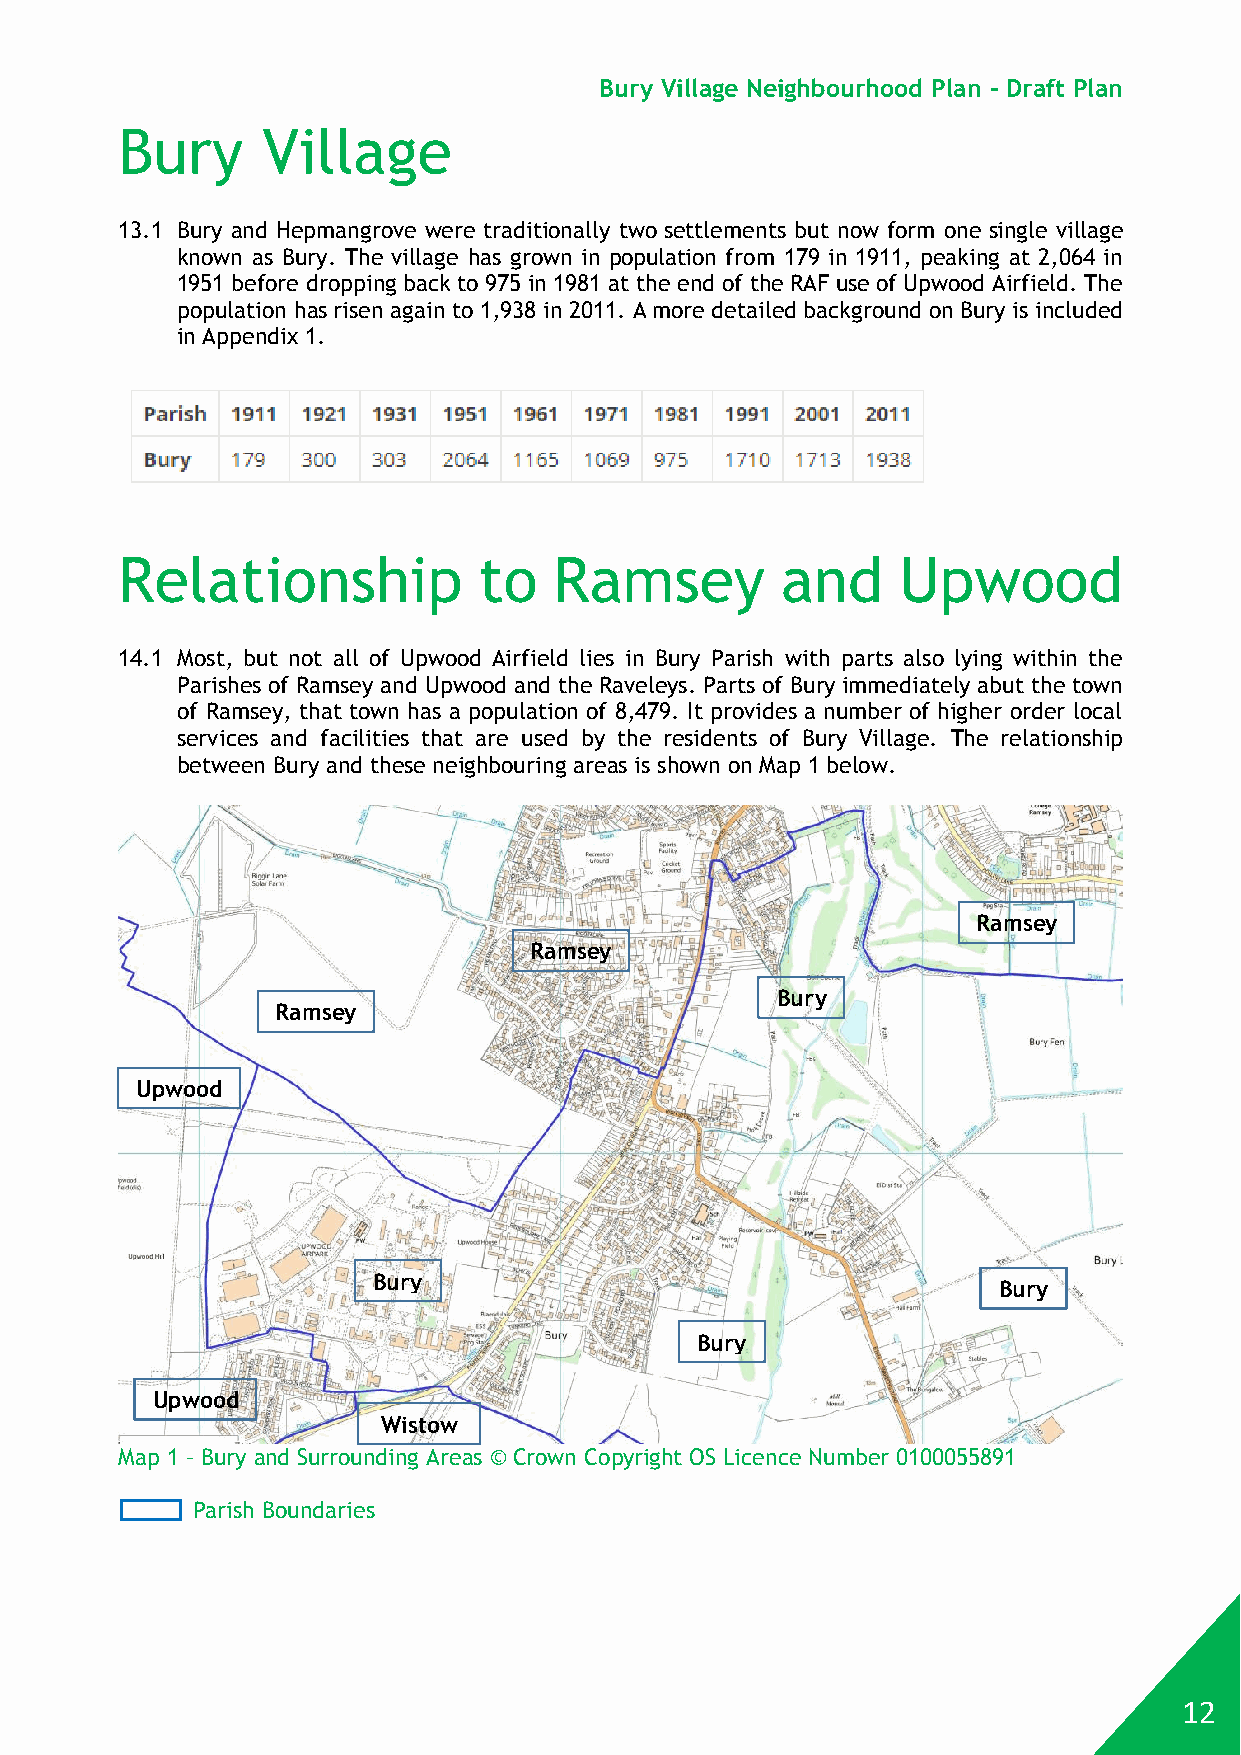
Bury Village Neighbourhood Plan - Draft Plan
 Bury     Village
 13.1 Bury and Hepmangrove were traditionally two settlements but now form one single village
 known as Bury. The village has grown in population from 179 in 1911, peaking at 2,064 in
 1951 before dropping back to 975 in 1981 at the end of the RAF use of Upwood Airfield. The
 population has risen again to 1,938 in 2011. A more detailed background on Bury is included
 in Appendix 1.
 Relationship            to   Ramsey         and    Upwood
 14.1 Most, but not all of Upwood Airfield lies in Bury Parish with parts also lying within the
 Parishes of Ramsey and Upwood and the Raveleys. Parts of Bury immediately abut the town
 of Ramsey, that town has a population of 8,479. It provides a number of higher order local
 services and facilities that are used by the residents of Bury Village. The relationship
 between Bury and these neighbouring areas is shown on Map 1 below.
 Ramsey
 Ramsey
 Bury
 Ramsey
 Upwood
 Bury
 Bury
 Bury
 Upwood
 Wistow
 Map 1 – Bury and Surrounding Areas © Crown Copyright OS Licence Number 0100055891
 Parish Boundaries
 12